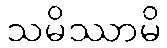
သမိဿာမိ